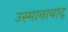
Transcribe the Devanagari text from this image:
उस्मानाबाद्